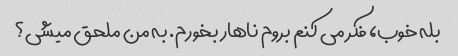
بله خوب، فکر می کنم بروم ناهار بخورم. به من ملحق میشی؟